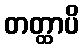
တတ္ထာပိ